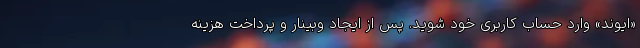
«ایوند» وارد حساب کاربری خود شوید. پس از ایجاد وبینار و پرداخت هزینه